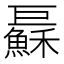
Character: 𢀱